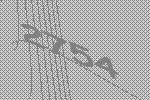
2754